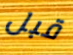
قبل